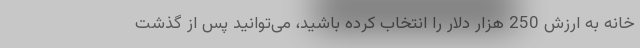
خانه به ارزش 250 هزار دلار را انتخاب کرده باشید، می‌توانید پس از گذشت